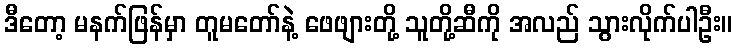
ဒီတော့ မနက်ဖြန်မှာ တူမတော်နဲ့ ဖေဖျားတို့ သူတို့ဆီကို အလည် သွားလိုက်ပါဦး။